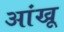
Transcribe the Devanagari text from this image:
आंखू